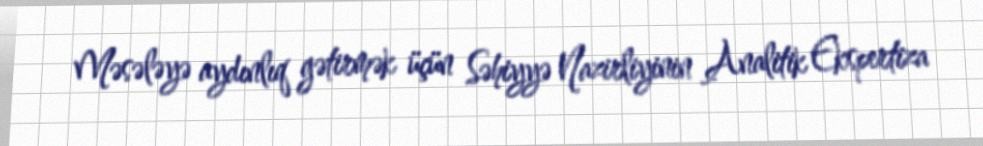
Məsələyə aydınlıq gətirmək üçün Səhiyyə Nazirliyinin Analitik Ekspertiza